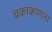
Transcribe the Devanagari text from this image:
चकाकणारा